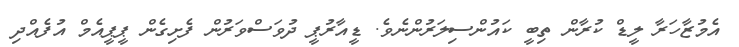
އެމުޒާހަރާ ލީޑް ކުރާން ތިބީ ކައުންސިލަރުންނެވެ. ޑީއާރުޕީ ދުވަސްވަރުން ފެށިގެން ޕީޕީއެމް އުފެއްދި